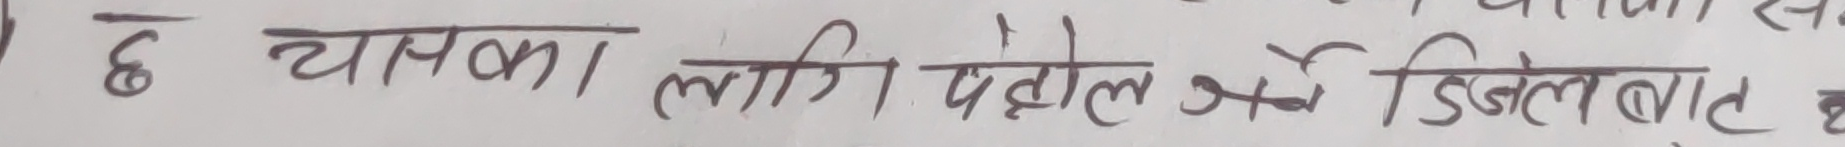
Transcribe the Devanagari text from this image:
छ यसका लागि पेट्रोल र डिजेलबाट